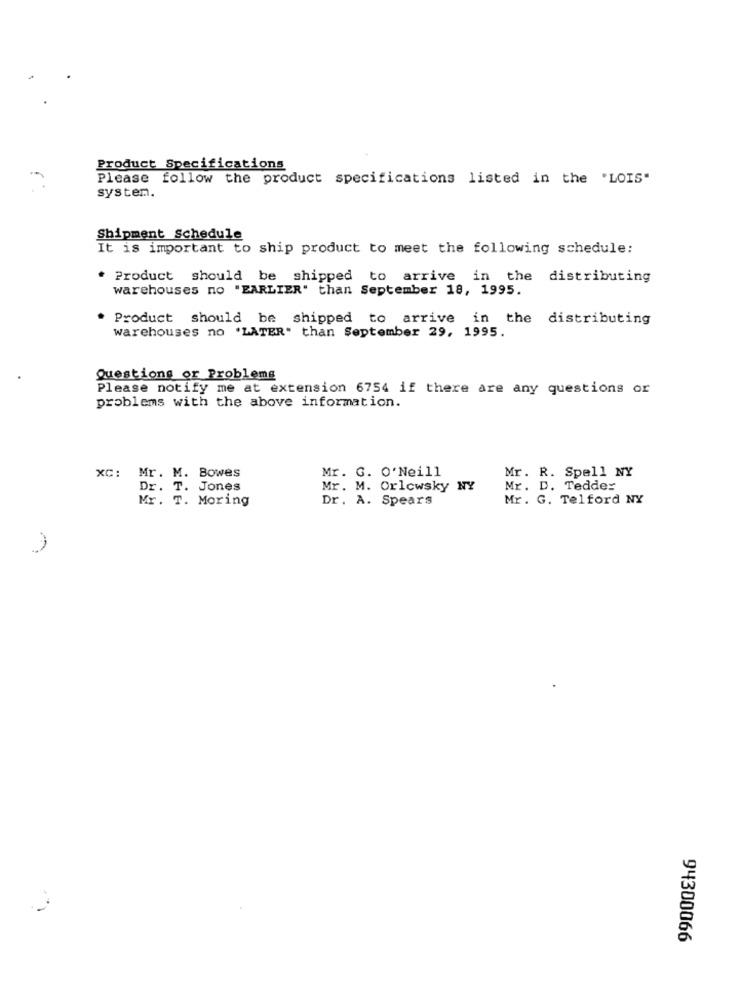
Product Specifications
Please follow the product specifications listed in the "LOIS"
system.
Shipment Schedule
It is important to ship product to meet the following schedule:
* Product should be shipped to arrive in the distributing
warehouses no "EARLIER" than September 18, 1995.
Product should be shipped to arrive in the distributing
warehouses no 'LATER" than September 29, 1995.
Questions or Problems
Please notify me at extension 6754 if there are any questions or
problems with the above information.
Mr. G. O'Neill
Mr. R. Spell NY
XC: Mr. M. Bowes
Dr. T. Jones
Mr. M. Orlowsky NY
Mr. D. Tedder
Mr. T. Moring
Dr. A. Spears
Mr. G. Telford NY
94300066